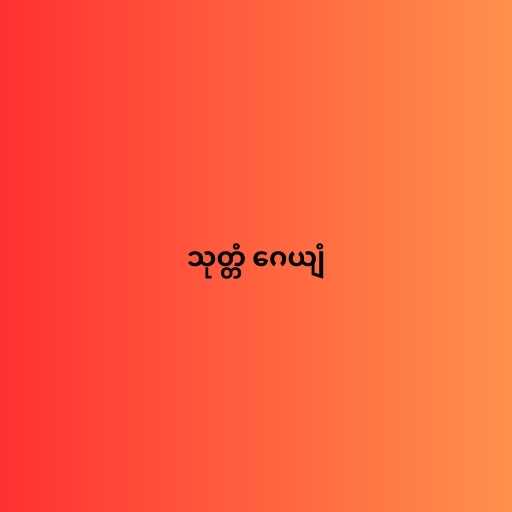
သုတ္တံ ဂေယျံ